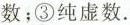
数；③纯虚数.